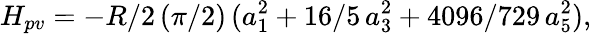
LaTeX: H_{pv}=-R/2\, (\pi/2)\, (a_{1}^{2}+16/5\, a_{3}^{2}+4096/729\, a_{5}^{2}),